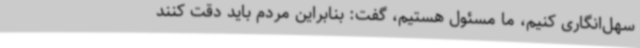
سهل‌انگاری کنیم، ما مسئول هستیم، گفت: بنابراین مردم باید دقت کنند